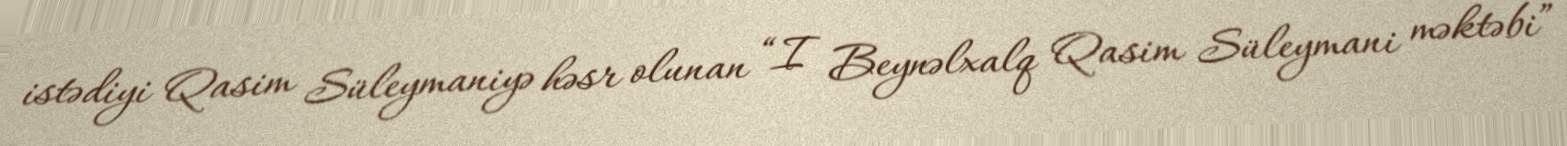
istədiyi Qasim Süleymaniyə həsr olunan “I Beynəlxalq Qasim Süleymani məktəbi”